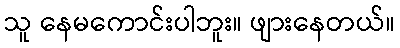
သူ နေမကောင်းပါဘူး။ ဖျားနေတယ်။